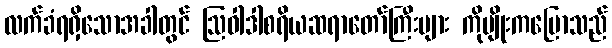
လက်ခံရရှိသောအခါတွင် ဩဝါဒါစရိယဆရာတော်ကြီးများ ကိုမျိုးကပြောသည်